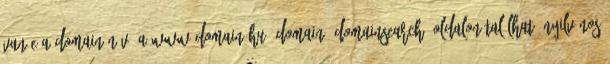
van-e a domain név. A www.domain.hu domain domainsearch oldalon található nyilvános